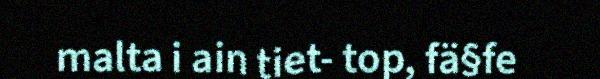
malta i ain tiet- top, fä§fe